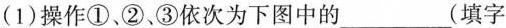
（1）操作①、②、③依次为下图中的 ___（填字